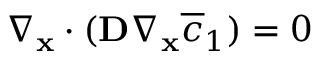
\nabla _ { \mathbf x } \cdot ( \mathbf D \nabla _ { \mathbf x } \overline { c } _ { 1 } ) = 0